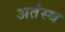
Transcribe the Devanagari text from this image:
अतंस्थ